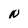
Character: N